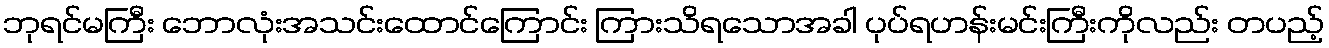
ဘုရင်မကြီး ဘောလုံးအသင်းထောင်ကြောင်း ကြားသိရသောအခါ ပုပ်ရဟန်းမင်းကြီးကိုလည်း တပည့်